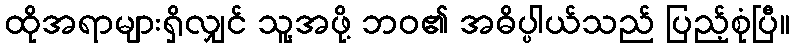
ထိုအရာများရှိလျှင် သူ့အဖို့ ဘဝ၏ အဓိပ္ပါယ်သည် ပြည့်စုံပြီ။